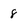
Character: 8